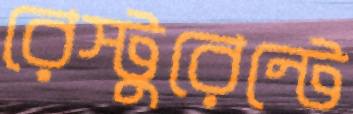
রেস্টুরেন্টে